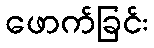
ဖောက်ခြင်း